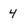
Character: 4